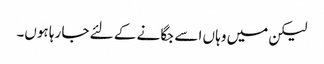
لیکن میں وہا ں اسے جگا نے کے لئے جا رہا ہوں۔